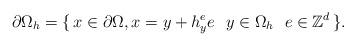
LaTeX: \begin{align*} \partial \Omega_h = \{ \, x \in \partial \Omega, x= y + h^e_y e \ \ y \in \Omega_h \ \ e \in \mathbb{Z}^d \, \}.\end{align*}